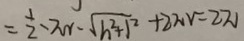
= \frac { 1 } { 2 } - \pi r - \sqrt { h ^ { 2 } + 1 ^ { 2 } } + 2 \pi r = 2 \pi